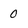
Character: 0